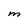
Character: M